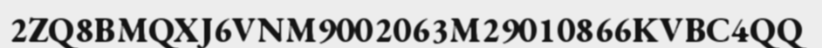
2ZQ8BMQXJ6VNM9002063M29010866KVBC4QQ